Veterinary [1904] -
Year: 1904
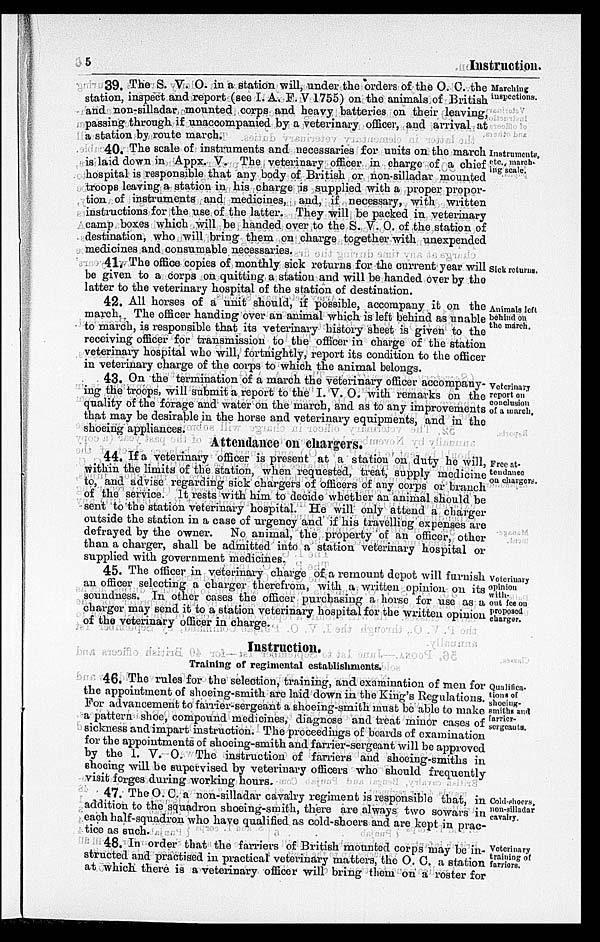
5
Instruction.
Marching
inspections.
39. The S. V. O. in a station will, under the orders of the O. C. the
station, inspect and report (see I. A. F. V 1755) on the animals of British
and non-silladar mounted corps and heavy batteries on their leaving,
passing through if unaccompanied by a veterinary officer, and arrival at
a station by route march.
Instruments,
etc., march-
ing scale.
40. The scale of instruments and necessaries for units on the march
is laid down in Appx. V. The veterinary officer in charge of a chief
hospital is responsible that any body of British or non-silladar mounted
troops leaving a station in his charge is supplied with a proper propor-
tion of instruments and medicines, and, if necessary, with written
instructions for the use of the latter. They will be packed in veterinary
camp boxes which will be handed over to the S. V. O. of the station of
destination, who will bring them on charge together with unexpended
medicines and consumable necessaries.
Sick returns.
41. The office copies of monthly sick returns for the current year will
be given to a corps on quitting a station and will be handed over by the
latter to the veterinary hospital of the station of destination.
Animals left
behind on
the march.
42. All horses of a unit should, if possible, accompany it on the
march. The officer handing over an animal which is left behind as unable
to march, is responsible that its veterinary history sheet is given to the
receiving officer for transmission to the officer in charge of the station
veterinary hospital who will, fortnightly, report its condition to the officer
in veterinary charge of the corps to which the animal belongs.
Veterinary
report on
conclusion
of a march.
43. On the termination of a march the veterinary officer accompany-
ing the troops, will submit a report to the I. V. O. with remarks on the
quality of the forage and water on the march, and as to any improvements
that may be desirable in the horse and veterinary equipments, and in the
shoeing appliances.
Attendance on chargers.
Free at-
tendance
on chargers.
44. If a veterinary officer is present at a station on duty he will,
within the limits of the station, when requested, treat, supply medicine
to, and advise regarding sick chargers of officers of any corps or branch
of the service. It rests with him to decide whether an animal should be
sent to the station veterinary hospital. He will only attend a charger
outside the station in a case of urgency and if his travelling expenses are
defrayed by the owner.
No animal, the property of an officer, other
than a charger, shall be admitted into a station veterinary hospital or
supplied with government medicines.
Veterinary
opinion
with-
out fee on
proposed
charger.
45. The officer in veterinary charge of a remount depot will furnish
an officer selecting a charger therefrom, with a written opinion on its
soundness. In other cases the officer purchasing a horse for use as a
charger may send it to a station veterinary hospital for the written opinion
of the veterinary officer in charge.
Instruction.
Training of regimental establishments.
Qualifica-
tion, of
shoeing-
smiths and
farrier-
sergcauts.
46. The rules for the selection, training, and examination of men for
the appointment of shoeing-smith are laid down in the King's Regulations.
For advancement to farrier-sergeant a shoeing-smith must be able to make
a pattern shoe, compound medicines, diagnose and treat minor cases of
sickness and impart instruction. The proceedings of boards of examination
for the appointments of shoeing-smith and farrier-sergeant will be approved
by the I. V. O. The instruction of farriers and shoeing-smiths in
shoeing will be supervised by veterinary officers who should frequently
visit forges during working hours.
Cold-shoers,
non-silladar
cavalry.
47. The
O. C. a non-silladar cavalry regiment is responsible that, in
addition to the squadron shoeing-smith, there are always two sowars in
each half-squadron who have qualified as cold-shoers and are kept in prac-
tice as such.
Veterinary
training of
farriers.
48. In order that the farriers of British mounted corps may be in-
structed and practised in practical veterinary matters, the O. C. a station
at which there is a veterinary officer will bring them on a roster for